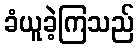
ခံယူခဲ့ကြသည်